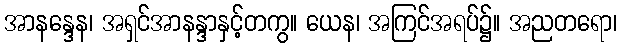
အာနန္ဒေန၊ အရှင်အာနန္ဒာနှင့်တကွ။ ယေန၊ အကြင်အရပ်၌။ အညတရော၊